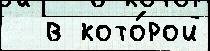
  в кото́рой